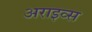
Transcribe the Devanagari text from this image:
अराइव्स